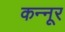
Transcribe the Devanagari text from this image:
कन्‍नूर